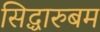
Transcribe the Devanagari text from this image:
सिद्धारुबम